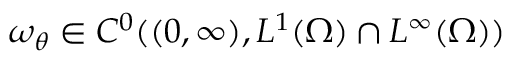
\omega _ { \theta } \in C ^ { 0 } ( ( 0 , \infty ) , L ^ { 1 } ( \Omega ) \cap L ^ { \infty } ( \Omega ) )